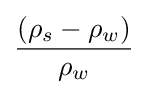
{\frac {(\rho _{s}-\rho _{w})}{\rho _{w}}}